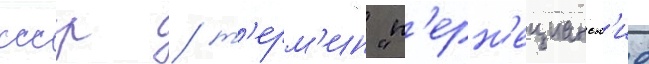
ссср / т'ерм'ин "п'ерн'ецианск'ие